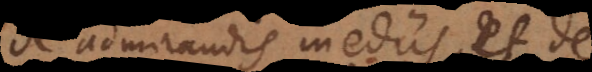
De admirandis inediis, et de